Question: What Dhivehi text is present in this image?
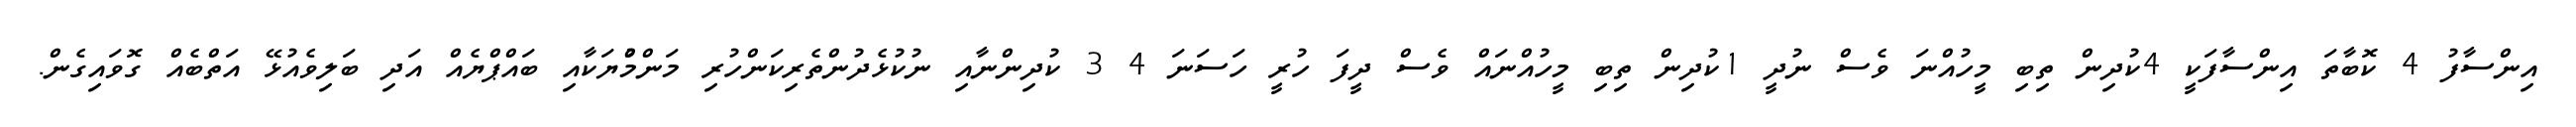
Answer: އިންސާފު 4 ކޮބާތަ އިންސާފަކީ 4ކުދިން ތިބި މީހުއްނަ ވެސް ނުދީ 1ކުދިން ތިބި މީހުއްނައް ވެސް ދީފަ ހުރީ ހަސަނަ 4 3 ކުދިންނާއި ނުކުޅެދުންތެރިކަންހުރި މަންމްުޔަކާއި ބައްޕްޔެއް އަދި ބަލިވެއުޅޭ އަތްބެއް ގޮވައިގެން.